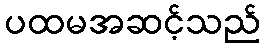
ပထမအဆင့်သည်